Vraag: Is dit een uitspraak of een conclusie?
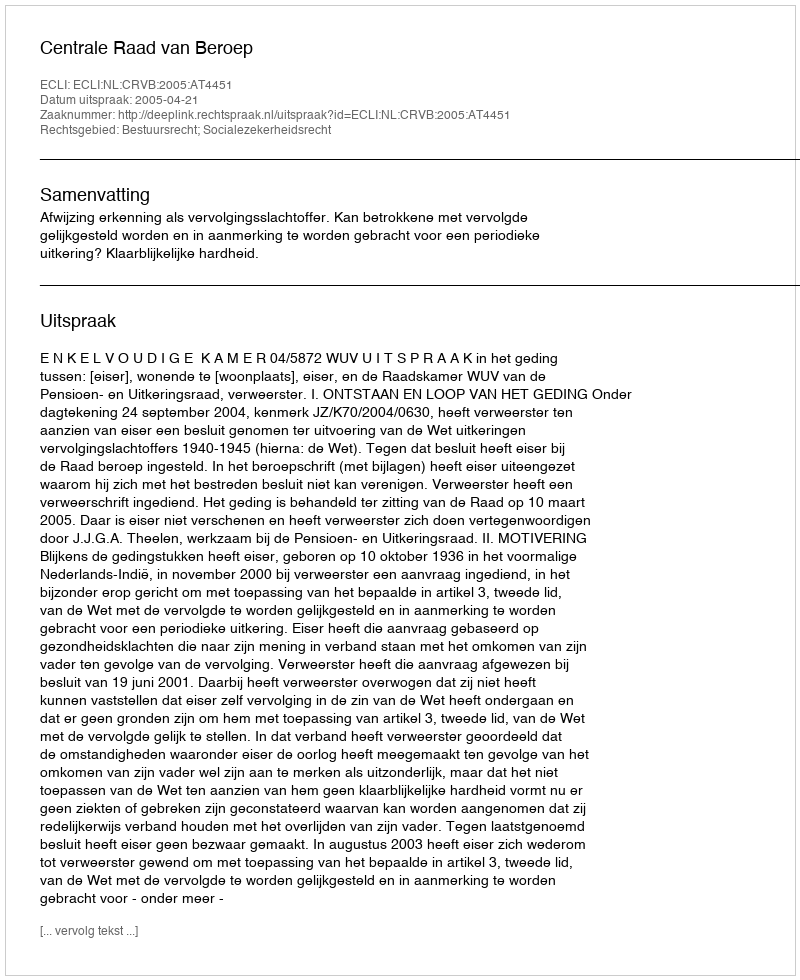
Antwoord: Uitspraak